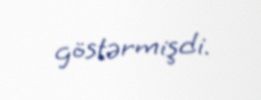
göstərmişdi.